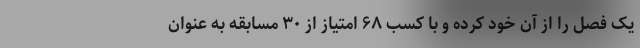
یک فصل را از آن خود کرده و با کسب ۶۸ امتیاز از ۳۰ مسابقه به عنوان